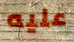
عليه